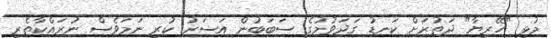
މުޅި "ހޭރިޔާ" ދަތުރަށް ކަނޑު ގަދަވުމުގެ ސަބަބުން އަސަރު ކުރި ނަމަވެސް ނުރައްކާތެރި